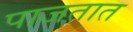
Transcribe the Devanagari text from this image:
पाजतात